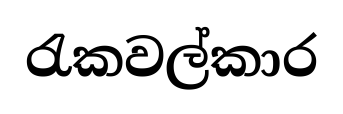
රැකවල්කාර